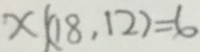
x \vert ( 1 8 , 1 2 ) = 6